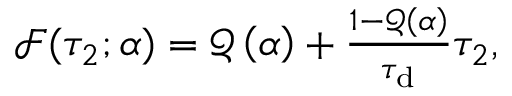
\begin{array} { r } { \mathcal { F } ( \tau _ { 2 } ; \boldsymbol { \alpha } ) = \mathcal { Q } \left( \boldsymbol { \alpha } \right) + \frac { 1 - \mathcal { Q } \left( \boldsymbol { \alpha } \right) } { \tau _ { \mathrm { d } } } \tau _ { 2 } , } \end{array}